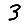
Digit: 3